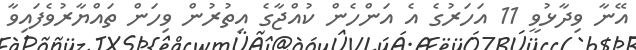
އޭނާ ވިދާޅުވީ 11 އަހަރުގެ އެ އަންހެން ކުއްޖާގެ އިތުރުން ވިހަން ތައްޔާރުވެފައިވާ